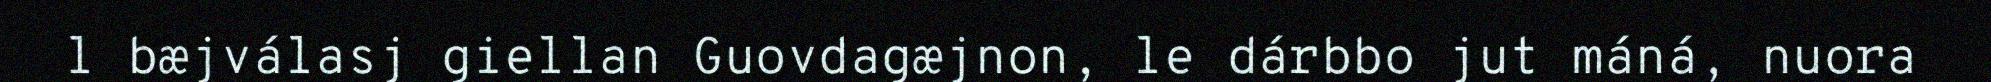
l bæjválasj giellan Guovdagæjnon, le dárbbo jut máná, nuora